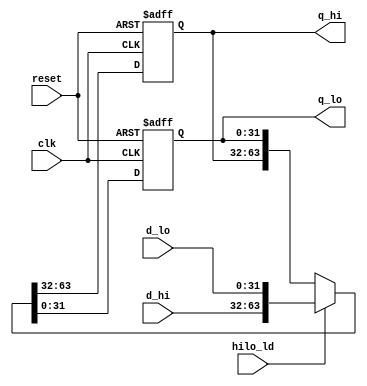
`timescale 1ns / 1ps
/****************************** C E C S  4 4 0 ******************************
 * 
 * Project:    Lab_Assignment_1
 * Designer:   Chanartip Soonthornwan
 * Rev. No.:   Version 1.0
 * Rev. Date:  Current Rev. Date 9/29/2017
 *
 * Purpose:    A register to hold 64-bit result from Multiplication,
 *             or Division operation from ALU.
 *         
 * Notes:      This register operates on the active edge of the clock
 *             signal input (clk). If the load enable (hilo_ld) is HIGH,
 *             the register will hold the new data input instead.
 *
 ****************************************************************************/
module reg_hilo(clk, reset, hilo_ld, d_hi, d_lo, q_hi, q_lo);
   input          clk, reset;          // on-board clock, and reset signal
   input             hilo_ld;          // load enable
   input   [31:0] d_hi, d_lo;          // data inputs
   output  [31:0] q_hi, q_lo;          // data outputs
   
   reg     [31:0] y_hi, y_lo;          // registers
   
   always @ (posedge clk, posedge reset)
      if(reset)   {y_hi, y_lo} <= {32'b0, 32'b0}; else   // reset
      if(hilo_ld) {y_hi, y_lo} <= { d_hi,  d_lo};        // assign new value
      else        {y_hi, y_lo} <= { y_hi,  y_lo};        // keep previous value
       
   assign {q_hi, q_lo} = {y_hi, y_lo}; // output the holded values

endmodule